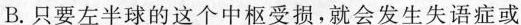
B.只要无半球的这个中枢受损，就会发生天语症或